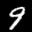
Label: 9